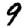
Digit: 9